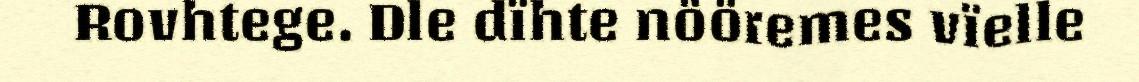
Rovhtege. Dle dïhte nööremes vïelle